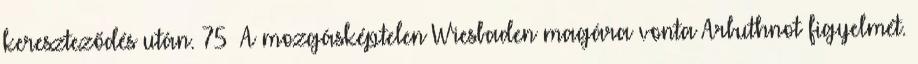
kereszteződés után. 75 A mozgásképtelen Wiesbaden magára vonta Arbuthnot figyelmét.